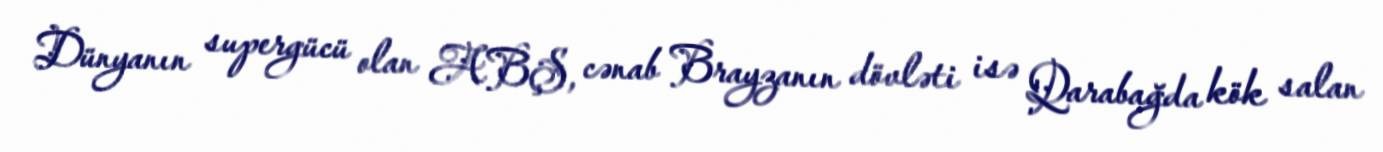
Dünyanın supergücü olan ABŞ, cənab Brayzanın dövləti isə Qarabağda kök salan